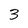
Character: 3